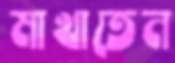
মাখাতেন